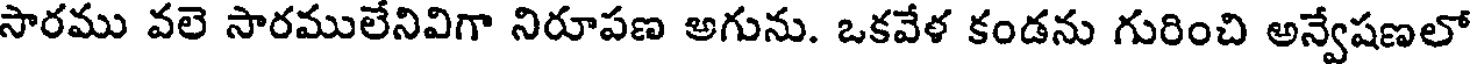
సారము వలె సారములేనివిగా నిరూపణ అగును. ఒకవేళ కండను గురించి అన్వేషణలో